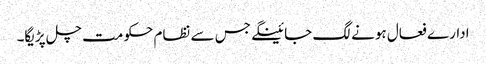
ادارے فعال ہونے لگ جائینگے جس سے نظام حکومت چل پڑیگا۔